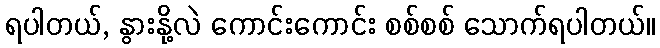
ရပါတယ်, နွားနို့လဲ ကောင်းကောင်း စစ်စစ် သောက်ရပါတယ်။